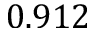
0 . 9 1 2